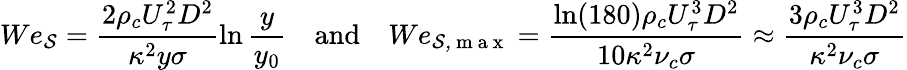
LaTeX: We_{\mathcal{S}}=\frac{2\rho_{c}U_{\tau}^{2}D^{2}}{\kappa^{2}y\sigma}\ln\frac{y}{y_{0}}\quad\mathrm{and}\quad We_{\mathcal{S,\mathrm{~m~a~x~}}}=\frac{\ln(180)\rho_{c}U_{\tau}^{3}D^{2}}{10\kappa^{2}\nu_{c}\sigma}\approx\frac{3\rho_{c}U_{\tau}^{3}D^{2}}{\kappa^{2}\nu_{c}\sigma}